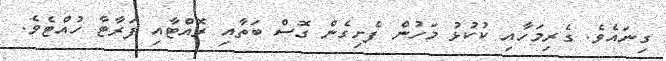
ގިނައެވެ. ގެރިމަހާއި ކުކުޅު މަހުން ފެށިގެން ގޮސް ބަތާއި ރޮއްޓާއި ފަރާޓާ ހުއްޓެވެ.